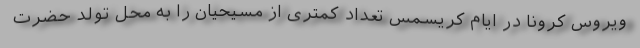
ویروس کرونا در ایام کریسمس تعداد کمتری از مسیحیان را به محل تولد حضرت